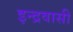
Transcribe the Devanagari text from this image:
इन्द्रवासी